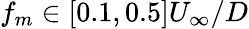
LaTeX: f_{m}\in[0.1,0.5]U_{\infty}/D